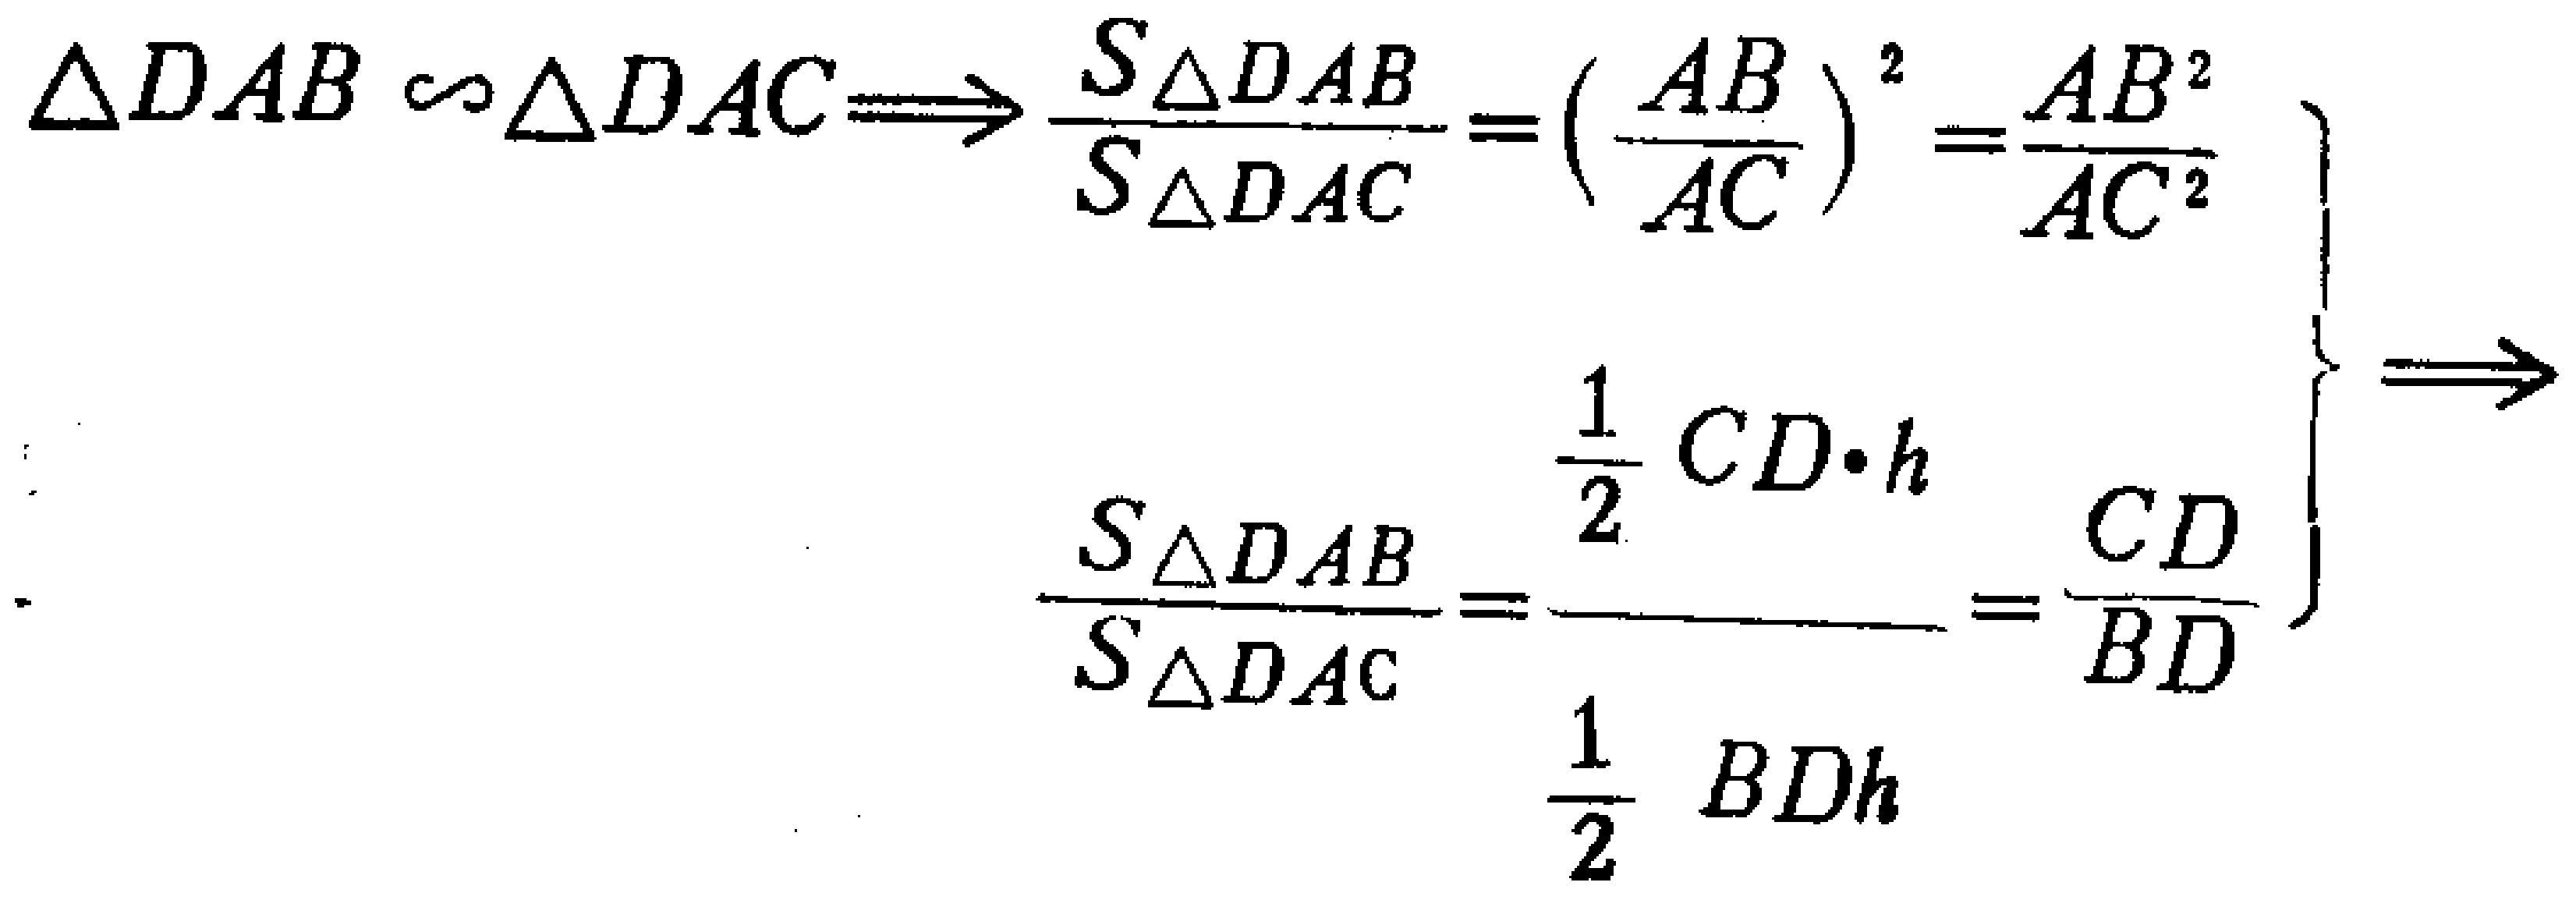
\[\left.

\begin{array}{l}

\Delta DAB \sim \Delta DAC\Longrightarrow \frac{S_{\triangle DAB}}{S_{\triangle DAC}} = \left(\frac{AB}{AC}\right)^2=\frac{AB^{2}}{AC^{2}}\\

\frac{S_{\triangle DAB}}{S_{\triangle DAC}}=\frac{\frac{1}{2}CD\cdot h}{\frac{1}{2}BDh}=\frac{CD}{BD}

\end{array}

\right\}\Longrightarrow

\]